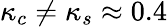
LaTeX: \kappa_{c}\neq\kappa_{s}\approx 0.4